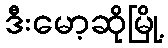
ဒီးမော့ဆိုမြို့